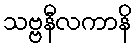
သဗ္ဗနီလကာနိ